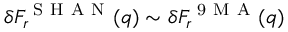
\delta F _ { r } ^ { \mathrm { ~ S ~ H ~ A ~ N ~ } } ( q ) \sim \delta F _ { r } ^ { \mathrm { ~ 9 ~ M ~ A ~ } } ( q )